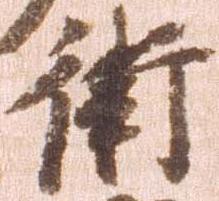
衛